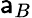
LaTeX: \mathsf{a}_{B}